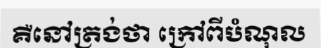
គឺនៅត្រង់ថា ក្រៅពីបំណុល